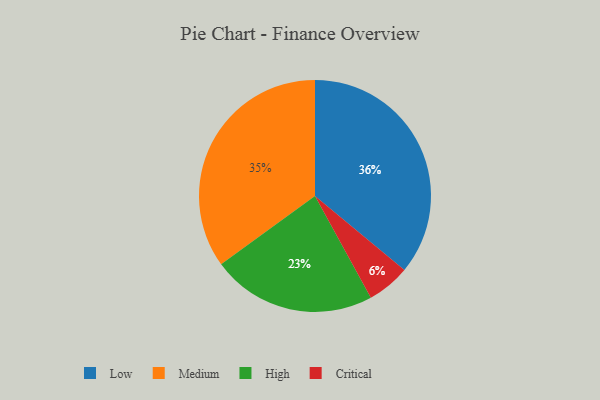
{"axis": {"x": "Category", "y": "Percentage"}, "legend": ["Critical", "High", "Low", "Medium"], "data": [{"x": "Low", "y": 36, "type": "Low"}, {"x": "High", "y": 23, "type": "High"}, {"x": "Critical", "y": 6, "type": "Critical"}, {"x": "Medium", "y": 35, "type": "Medium"}]}